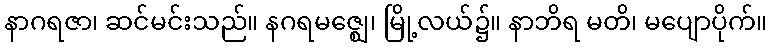
နာဂရဇာ၊ ဆင်မင်းသည်။ နဂရမဇ္ဈေ၊ မြို့လယ်၌။ နာဘိရ မတိ၊ မပျောပိုက်။